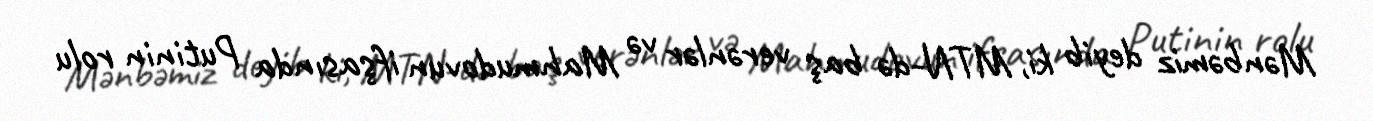
Mənbəmiz deyib ki, MTN-də baş verənlər və Mahmudovun ifşasında Putinin rolu